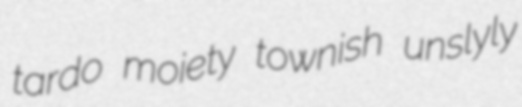
tardo moiety townish unslyly